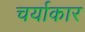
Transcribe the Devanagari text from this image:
चर्याकार